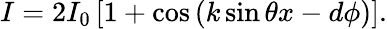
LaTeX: \begin{array}{r}{I=2I_{0}\left[1+\cos\left(k\sin\theta x-d\phi\right)\right].}\end{array}